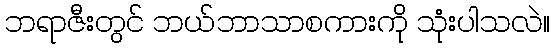
ဘရာဇီးတွင် ဘယ်ဘာသာစကားကို သုံးပါသလဲ။